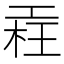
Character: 𣒳